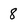
Character: 8